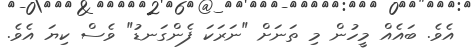
އެވެ. ބައެއް މީހުން މި ތަނަށް "ނަރަކަ ފެންގަނޑު" ވެސް ކިޔަ އެވެ.